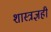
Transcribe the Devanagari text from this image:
शास्त्रज्ञही